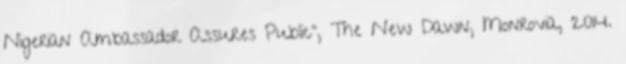
Nigerian Ambassador Assures Public”, The New Dawn, Monrovia, 2014.